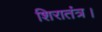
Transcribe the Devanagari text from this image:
शिरातंत्र।